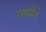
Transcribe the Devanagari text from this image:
रखनेने